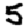
Digit: 5